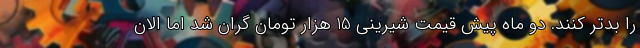
را بدتر کنند. دو ماه پیش قیمت شیرینی 15 هزار تومان گران شد اما الان